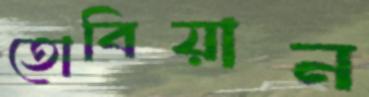
তোবিয়ান